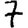
Digit: 7